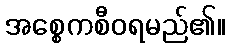
အစ္စေကစီဝရမည်၏။